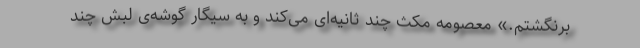
برنگشتم.» معصومه مکث چند ثانیه‌ای می‌کند و به سیگار گوشه‌ی لبش چند